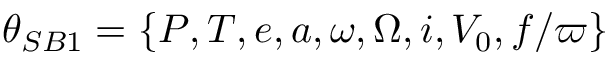
\theta _ { S B 1 } = \{ P , T , e , a , \omega , \Omega , i , V _ { 0 } , f / \varpi \}